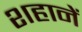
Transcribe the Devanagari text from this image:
शहानें